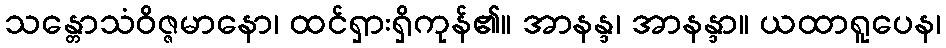
သန္တောသံဝိဇ္ဇမာနော၊ ထင်ရှားရှိကုန်၏။ အာနန္ဒ၊ အာနန္ဒာ။ ယထာရူပေန၊